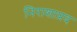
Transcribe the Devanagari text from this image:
निराशाप्रद